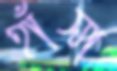
হাঁসা